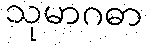
သုမာဂဓာ